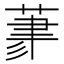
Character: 𦳳